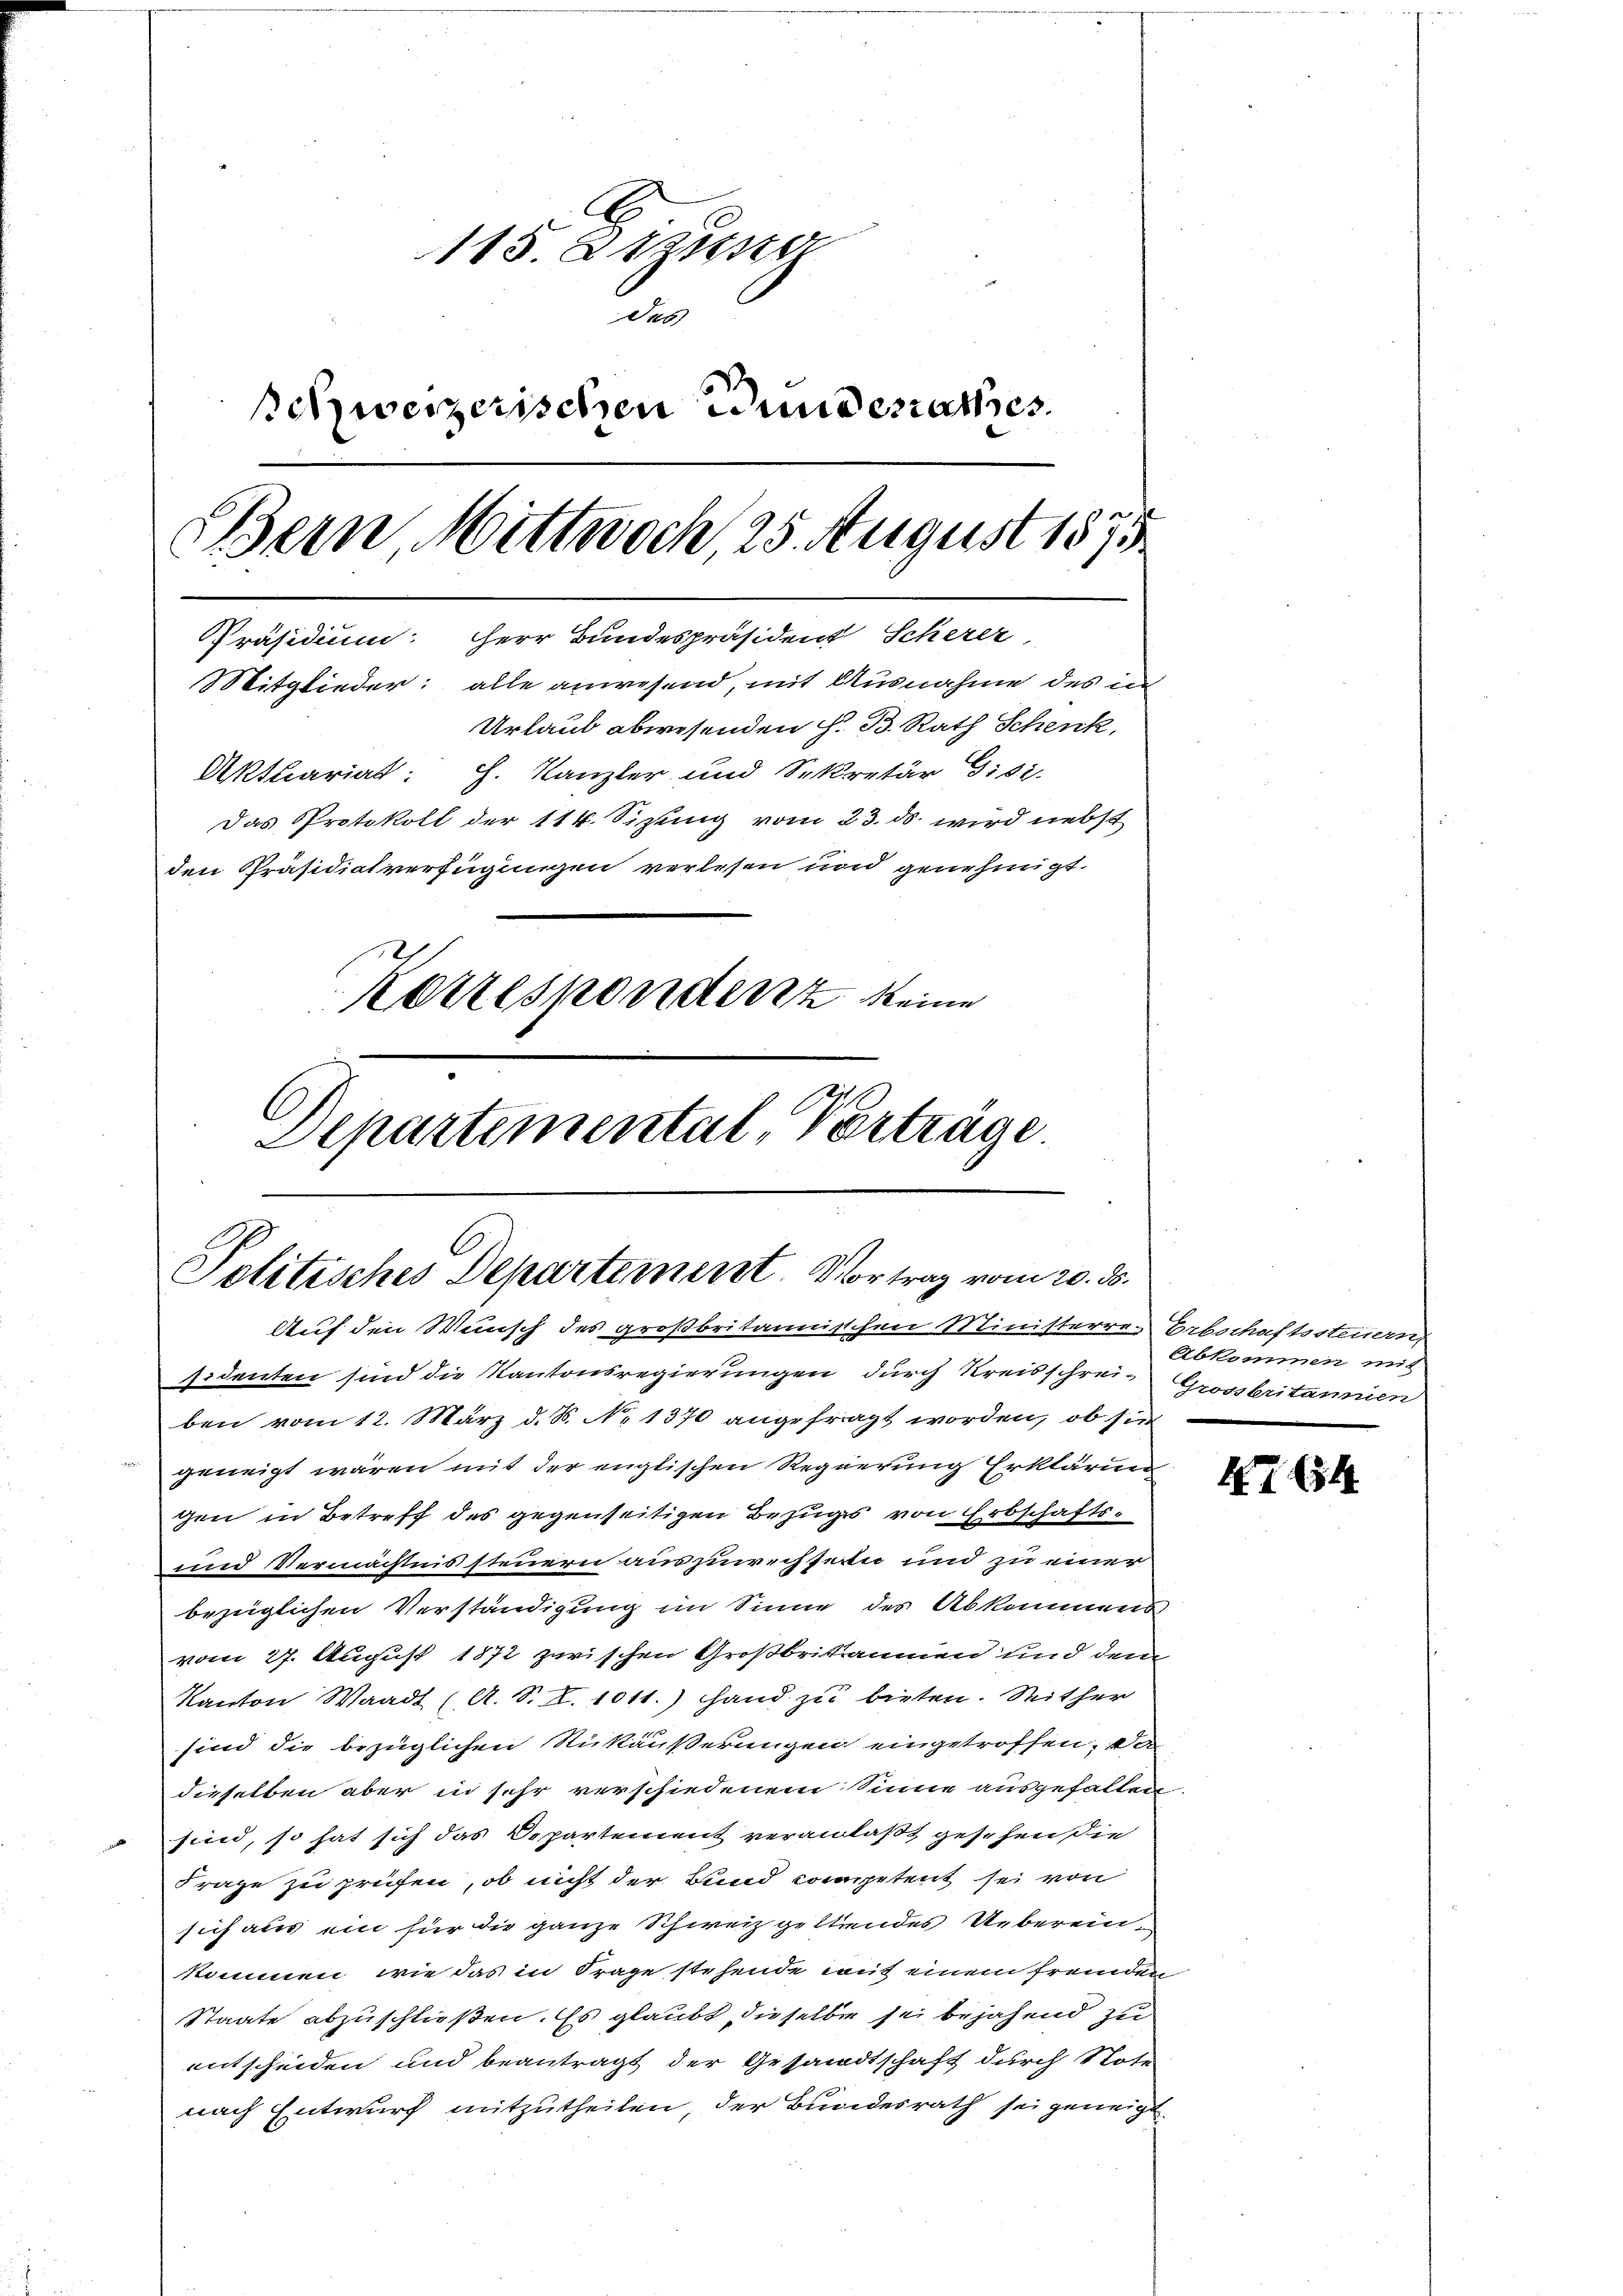
115. Sitzung
des
schweizerischen Bundesrathes.
Bern, Mittwoch 25. August 1875
Präsidium: Herr Bundespräsident Scherer
Mitglieder: alle anwesend, mit Ausnahme des un
Urlaub abwesenden H. B. Rath Schenk,
Aktuariat: H. Kanzler und Sekretär 9182.
Das Protokoll der 114. Sizung vom 23. ds. wird nebst
den Präsidialverfügungen verlesen und genehmigt.
1
Korrespondenz keine
Departemental Verträge

Politisches Departement. Vortrag vom 20. ds.
Auf den Wunsch des großbritannischen Ministerren Erbschaftssteuern,

ssidenten sind die Kantonsregierungen durch Kreisschreiben vom 12. März d. S. No 1370 angefragt worden, ob sie
geneigt waren mit der englischen Regierung Erklärun
gen in Betreff des gegenseitigen Bezugs von Erbschafts¬
und Vermächtnis steuern auszuwechsette und zu einer
bezüglichen Verständigung im Sinne des Abkommens
vom 27. August 1872 zwischen Großbritannien und dem
Kanton Waadt (A. S. I. 1011.) Hand zu bieten. Seither
sind die bezüglichen Rükäußerungen eingetroffen, a
dieselben aber in sehr verschiedenem Sinne ausgefallen
 sind, so hat sich das Departement veranlaßt gesehen die
Frage zu prüfen, ob nicht der Bund competent sei von
sich aus ein für die ganze Schweiz geltendes Uebereinkomnen, wie das in Frage stehende mit einem fremden
Staate abzuschließen. Es glaubt dieselbe sei bejahend zu
entscheiden und beantragt der Gesandtschaft durch Note
nach Entwurf mitzutheilen, der Bundesrath sei geneigt

Abkommen mit
Grossbritanien

47654